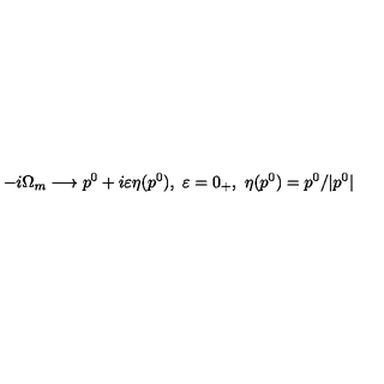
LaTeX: - i \Omega _ { m } \longrightarrow p ^ { 0 } + i \varepsilon \eta ( p ^ { 0 } ) , \ \varepsilon = 0 _ { + } , \ \eta ( p ^ { 0 } ) = p ^ { 0 } / | p ^ { 0 } |